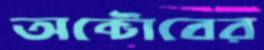
অক্টোবের